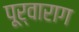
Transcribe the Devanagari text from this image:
पूर्वाराग